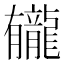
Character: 龓